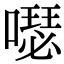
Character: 𠿗